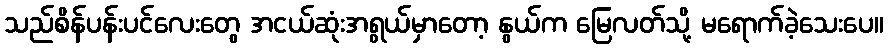
သည်စိန်ပန်းပင်လေးတွေ အငယ်ဆုံးအရွယ်မှာတော့ နွယ်က မြေလတ်သို့ မရောက်ခဲ့သေးပေ။